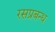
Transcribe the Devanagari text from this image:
रसप्रबन्ध